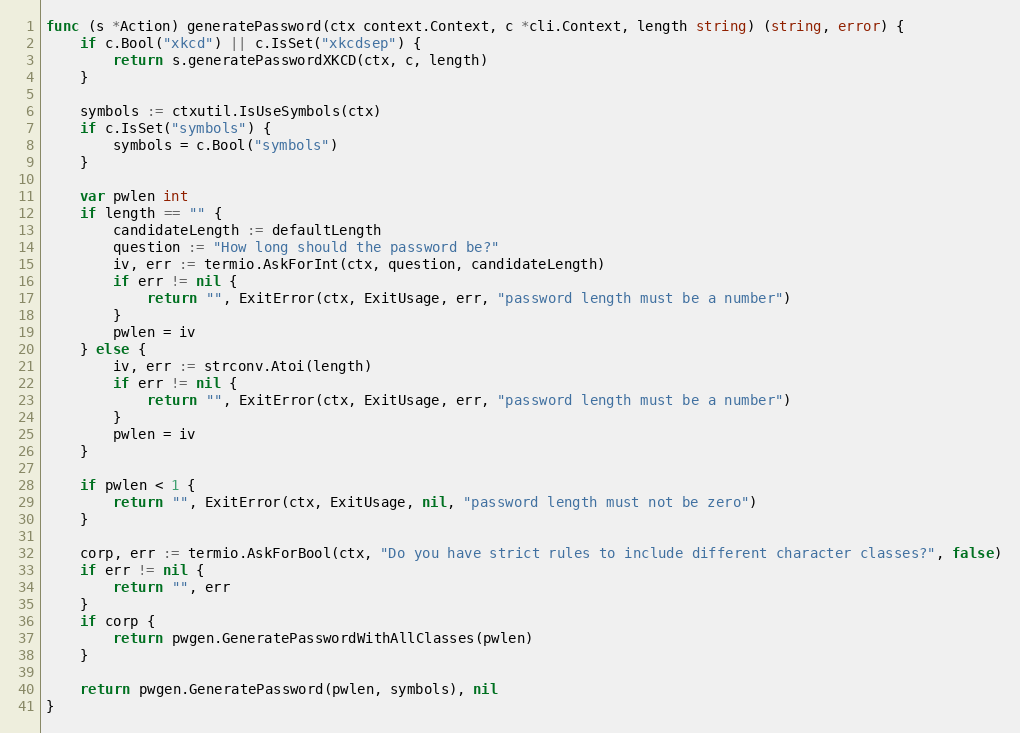
Language: Go
func (s *Action) generatePassword(ctx context.Context, c *cli.Context, length string) (string, error) {
	if c.Bool("xkcd") || c.IsSet("xkcdsep") {
		return s.generatePasswordXKCD(ctx, c, length)
	}

	symbols := ctxutil.IsUseSymbols(ctx)
	if c.IsSet("symbols") {
		symbols = c.Bool("symbols")
	}

	var pwlen int
	if length == "" {
		candidateLength := defaultLength
		question := "How long should the password be?"
		iv, err := termio.AskForInt(ctx, question, candidateLength)
		if err != nil {
			return "", ExitError(ctx, ExitUsage, err, "password length must be a number")
		}
		pwlen = iv
	} else {
		iv, err := strconv.Atoi(length)
		if err != nil {
			return "", ExitError(ctx, ExitUsage, err, "password length must be a number")
		}
		pwlen = iv
	}

	if pwlen < 1 {
		return "", ExitError(ctx, ExitUsage, nil, "password length must not be zero")
	}

	corp, err := termio.AskForBool(ctx, "Do you have strict rules to include different character classes?", false)
	if err != nil {
		return "", err
	}
	if corp {
		return pwgen.GeneratePasswordWithAllClasses(pwlen)
	}

	return pwgen.GeneratePassword(pwlen, symbols), nil
}